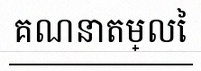
គណនាតម្លៃ